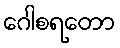
ဂေါစရတော